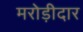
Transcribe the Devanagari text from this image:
मरोड़ीदार